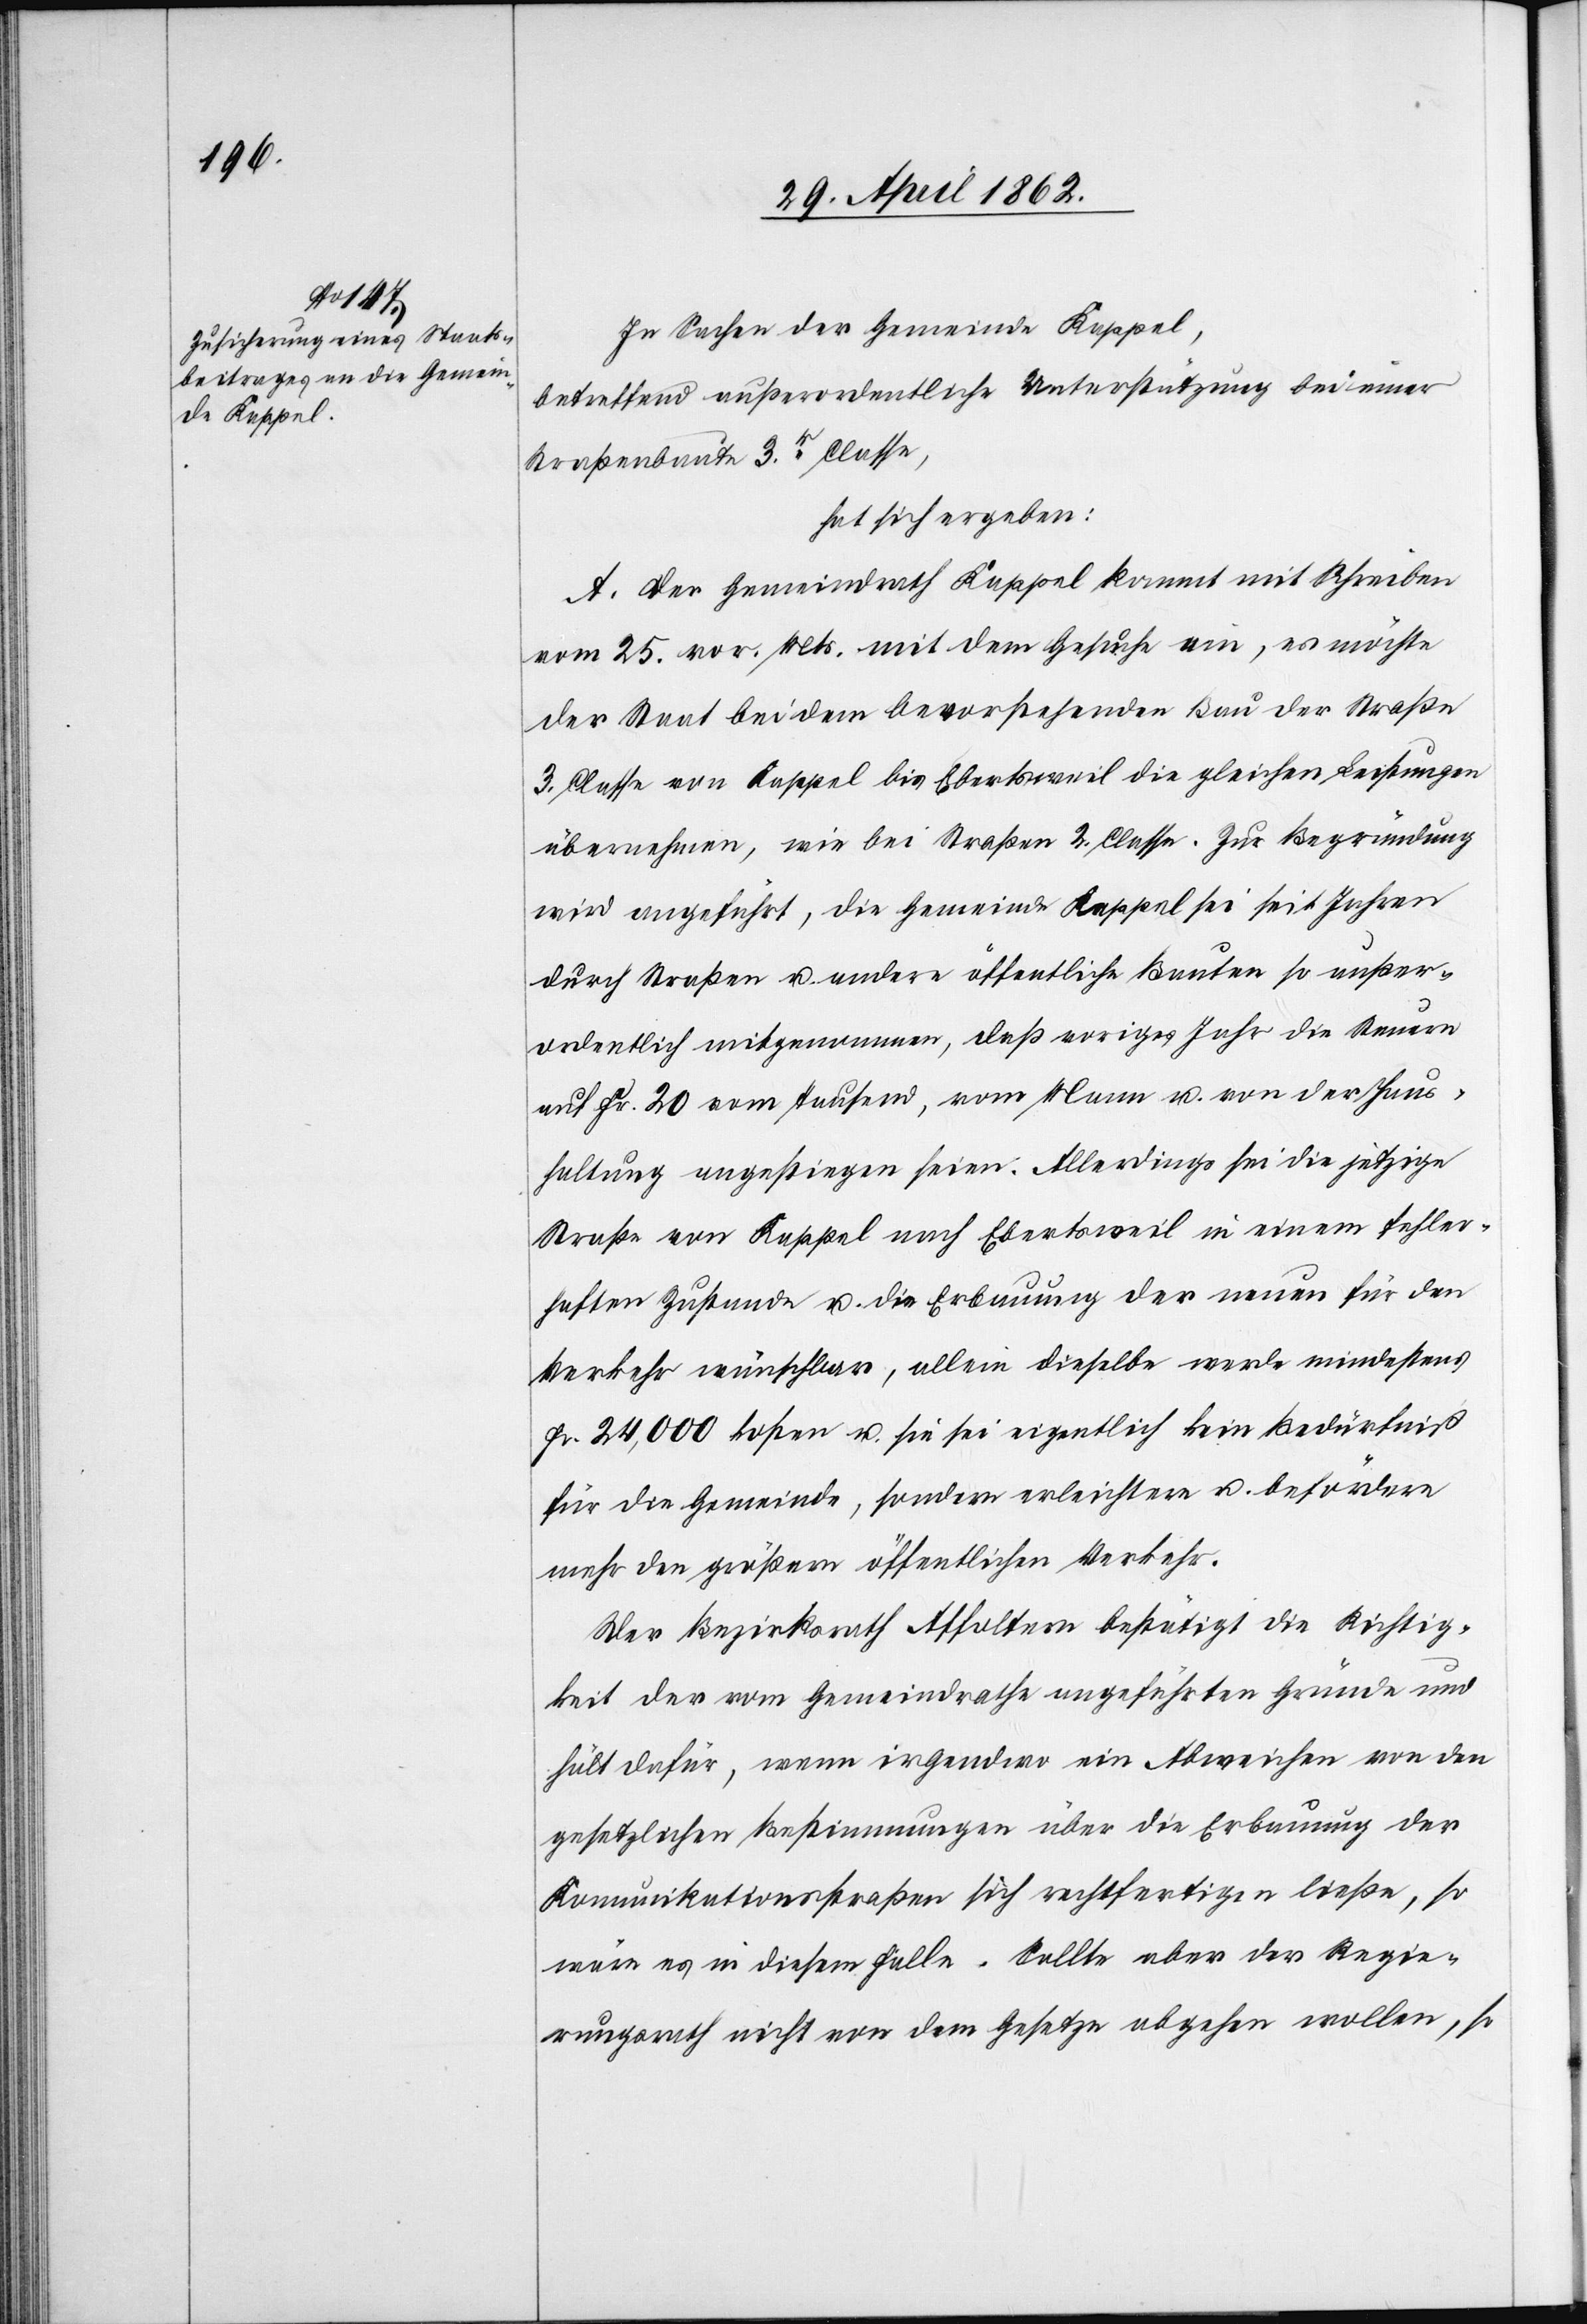
In Sachen der Gemeinde Kappel,
betreffend außerordentliche Unterstützung bei einer
Straßenbaute 3r. Classe,
hat sich ergeben:
A. Der Gemeindrath Kappel kommt mit Schreiben
vom 25. vor. Mts. mit dem Gesuche ein, es möchte
der Staat bei dem bevorstehenden Bau der Straße
3. Classe von Kappel bis Ebertsweil die gleichen Leistungen
übernehmen, wie bei Straßen 2. Classe. Zur Begründung
wird angeführt, die Gemeinde Kappel sei seit Jahren
durch Straßen u. andere öffentliche Bauten so außer¬
ordentlich mitgenommen, daß voriges Jahr die Steuern
auf Fr. 20 vom Tausend, vom Mann u. von der Haus¬
haltung angestiegen seien. Allerdings sei die jetzige
Straße von Kappel nach Ebertsweil in einem fehler¬
haften Zustande u. die Erbauung der neuen für den
Verkehr wünschbar, allein dieselbe werde mindestens
Fr. 24,000 kosten u. sie sei eigentlich kein Bedürfniß
für die Gemeinde, sondern erleichtere u. befördere
mehr den größern öffentlichen Verkehr.
Der Bezirksrath Affoltern bestätigt die Richtig¬
keit der vom Gemeindrathe angeführten Gründe und
hält dafür, wenn irgendwo ein Abweichen von den
gesetzlichen Bestimmungen über die Erbauung der
Kommunikationsstraße sich rechtfertigen ließe, so
wäre es in diesem Falle. Sollte aber der Regie¬
rungsrath nicht von dem Gesetze abgehen wollen, so